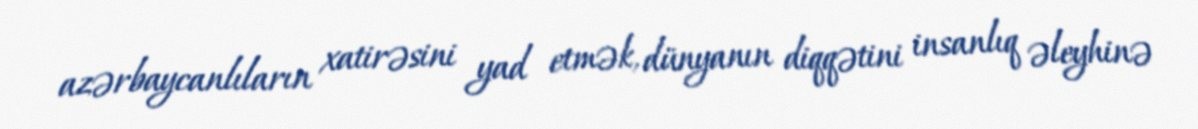
azərbaycanlıların xatirəsini yad etmək, dünyanın diqqətini insanlıq əleyhinə